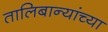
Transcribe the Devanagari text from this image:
तालिबान्यांच्या